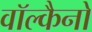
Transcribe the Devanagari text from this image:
वॉल्कैनो